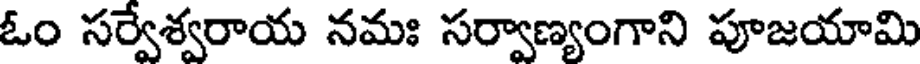
ఓం సర్వేశ్వరాయ నమః సర్వాణ్యంగాని పూజయామి